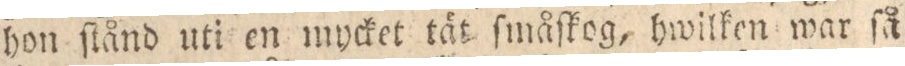
hon ſtånd uti en mycket tät ſmåſkog, hwilken war ſå